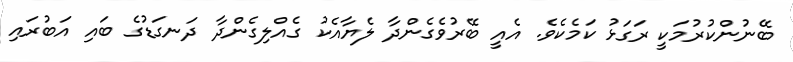
ބޭނުންކުރުމަކީ ރަގަޅު ކަމެކެވެ. އެއީ ބޭރުވެގެންދާ ލެޔާއެކު ގެއްލިގެންދާ ދަނގަޑުގެ ބައި އަބުރައި